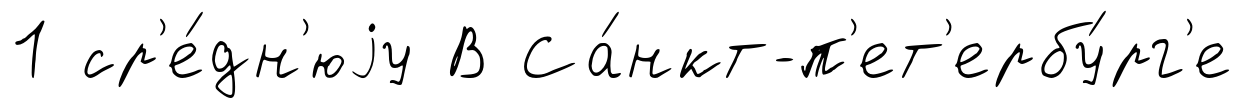
1 ср'е́дн'юjу В Са́нкт-п'ет'ербу́рг'е